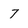
Character: 7